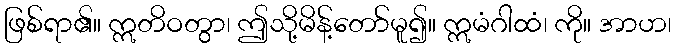
ဖြစ်ရာ၏။ ဣတိဝတွာ၊ ဤသို့မိန့်တော်မူ၍။ ဣမံဂါထံ၊ ကို။ အာဟ၊